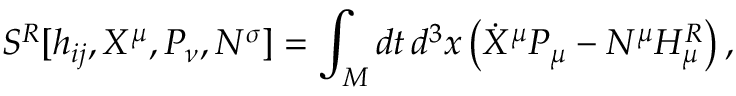
{ } S ^ { R } [ h _ { i j } , X ^ { \mu } , P _ { \nu } , N ^ { \sigma } ] = \int _ { \cal M } d t \, d ^ { 3 } x \left( \dot { X } ^ { \mu } P _ { \mu } - N ^ { \mu } H _ { \mu } ^ { R } \right) ,